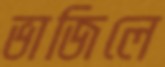
ভাজিলে